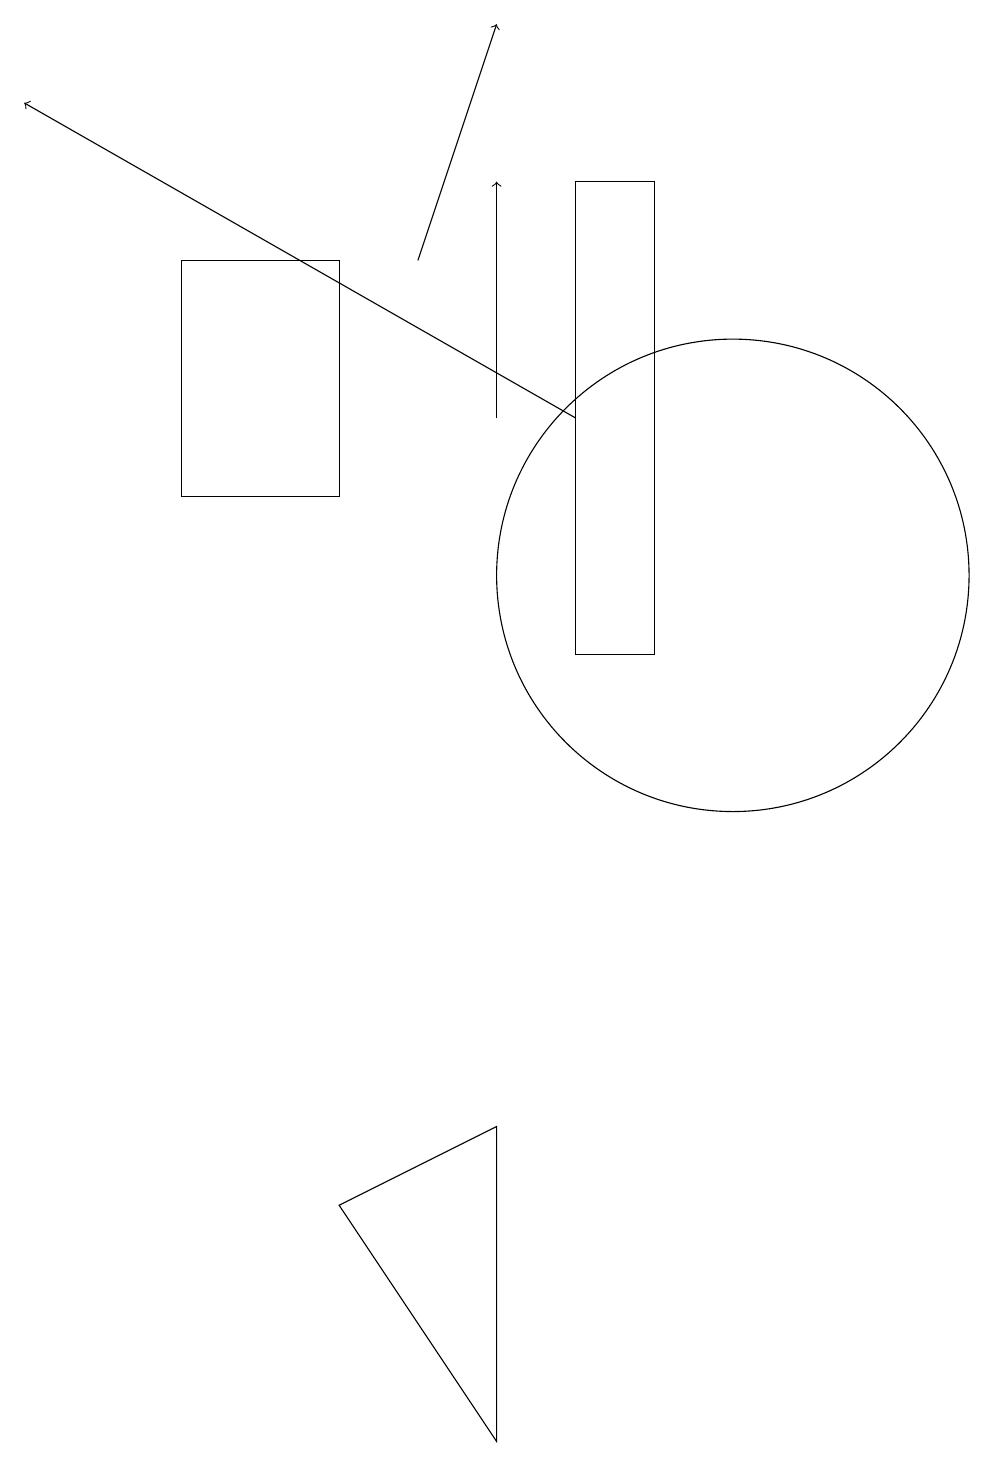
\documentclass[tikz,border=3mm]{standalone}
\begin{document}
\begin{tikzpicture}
\draw (10,12) circle (3);
\draw (5,4) -- (7,5) -- (7,1) -- cycle;
\draw (5,16) rectangle (3,13);
\draw (9,17) rectangle (8,11);
\draw[->] (7,14) -- (7,17);
\draw (10,10) circle (0);
\draw[->] (8,14) -- (1,18);
\draw[->] (6,16) -- (7,19);
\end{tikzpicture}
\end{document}